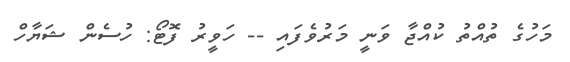
މަހުގެ ތުއްތު ކުއްޖާ ވަނީ މަރުވެފައި -- ހަވީރު ފޮޓޯ: ހުސެން ޝަޔާހް